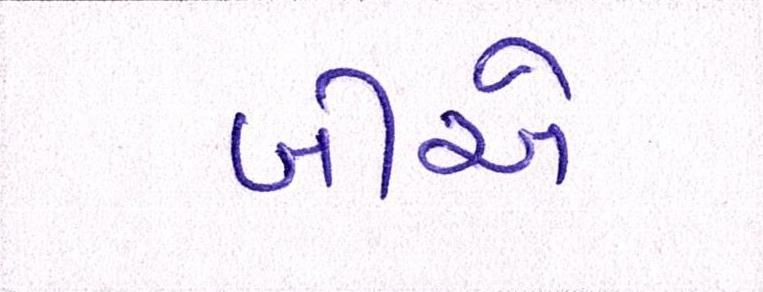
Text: બીએ